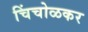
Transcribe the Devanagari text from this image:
चिंचोळकर